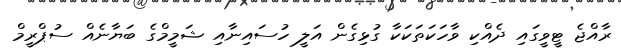
ރާއްޖެ ޓީވީގައި ދެއްކި ވާހަކަތަކަކާ ގުޅިގެން އަލީ ހުސައިނާއި ޝަމީމްގެ ބަޔާނެއް ސުޕްރީމް